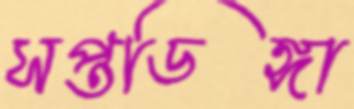
সপ্তডিঙ্গা